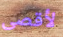
لأقصى